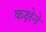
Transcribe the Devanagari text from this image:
कक्षेने